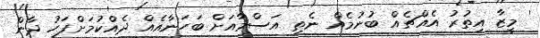
' މީޒާ އިތުރު އެއްޗެއް ބުނުމެއް ނެތި އަސްމާއަށް ބަހަނާއެއް ދެއްކުމަށްފަހު ދާން